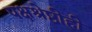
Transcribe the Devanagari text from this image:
पक्षश्रेष्ठीही